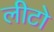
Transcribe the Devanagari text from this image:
लीटो